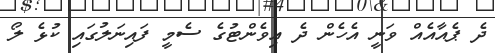
ދެ ޕެއާއެއް ވަނީ އެހެން ދެ އިވެންޓުގެ ސެމީ ފައިނަލުގައި ކުޅެ ލޯ